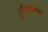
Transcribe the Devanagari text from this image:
गुढीपाढव्या